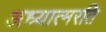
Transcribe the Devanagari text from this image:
अध्यात्मरति